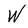
Character: W